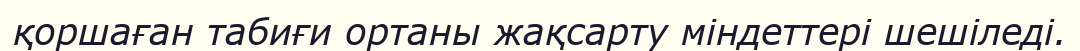
қоршаған табиғи ортаны жақсарту міндеттері шешіледі.